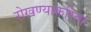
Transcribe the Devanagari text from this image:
रोखण्याकरिता